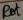
Text: Rot